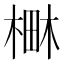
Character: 𣕎